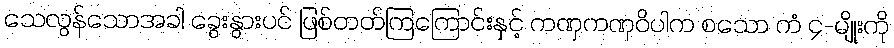
သေလွန်သောအခါ ခွေးနွားပင် ဖြစ်တတ်ကြကြောင်းနှင့် ကဏှကဏှဝိပါက စသော ကံ ၄-မျိုးကို